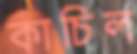
কাচিল